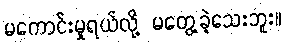
မကောင်းမှုရယ်လို့ မတွေ့ခဲ့သေးဘူး။